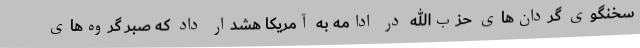
سخنگوی گردان‌های حزب‌الله در ادامه به آمریکا هشدار داد که صبر گروه‌های